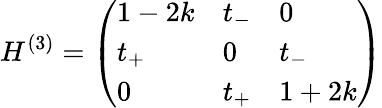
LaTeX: H^{(3)}=\left(\begin{array}{lll}{1-2k}&{t_{-}}&{0}\\ {t_{+}}&{0}&{t_{-}}\\ {0}&{t_{+}}&{1+2k}\end{array}\right)